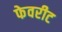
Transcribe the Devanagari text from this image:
फेवरीट